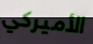
الأميركي